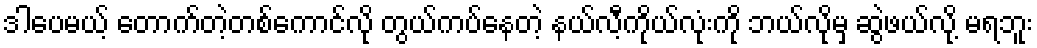
ဒါပေမယ့် တောက်တဲ့တစ်ကောင်လို တွယ်ကပ်နေတဲ့ နယ်လီ့ကိုယ်လုံးကို ဘယ်လိုမှ ဆွဲဖယ်လို့ မရဘူး